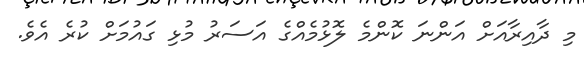
މި ދާއިރާއަށް އަންނަ ކޮންމެ ލޮޅުމެއްގެ އަސަރު މުޅި ގައުމަށް ކުރެ އެވެ.